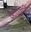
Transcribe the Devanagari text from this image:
डोवनिंग